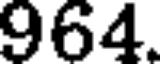
964.